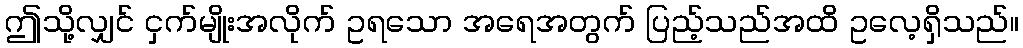
ဤသို့လျှင် ငှက်မျိုးအလိုက် ဥရသော အရေအတွက် ပြည့်သည်အထိ ဥလေ့ရှိသည်။